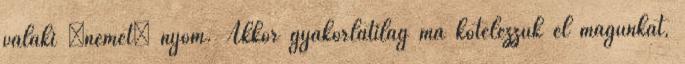
valaki “nemet” nyom. Akkor gyakorlatilag ma kötelezzük el magunkat,